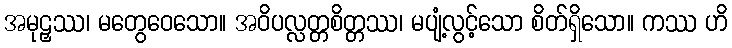
အမုဠှဿ၊ မတွေဝေသော။ အဝိပလ္လတ္တစိတ္တဿ၊ မပျံ့လွင့်သော စိတ်ရှိသော။ ကဿ ဟိ